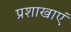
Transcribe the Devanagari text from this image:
प्रशाखाएं